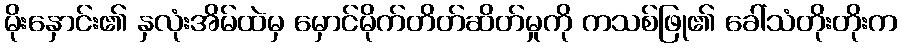
မိုးနှောင်း၏ နှလုံးအိမ်ထဲမှ မှောင်မိုက်တိတ်ဆိတ်မှုကို ကသစ်ဖြု၏ ခေါ်သံတိုးတိုးက